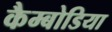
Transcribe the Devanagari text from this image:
कैम्बोडिया